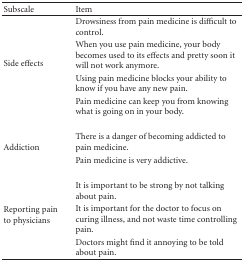
<table><thead><tr><td><b>Subscale</b></td><td><b>Item</b></td></tr></thead><tbody><tr><td rowspan="4">Side effects</td><td>Drowsiness from pain medicine is difficult to control.</td></tr><tr><td>When you use pain medicine, your body becomes used to its effects and pretty soon it will not work anymore.</td></tr><tr><td>Using pain medicine blocks your ability to know if you have any new pain.</td></tr><tr><td>Pain medicine can keep you from knowing what is going on in your body.</td></tr><tr><td rowspan="2">Addiction</td><td>There is a danger of becoming addicted to pain medicine.</td></tr><tr><td>Pain medicine is very addictive.</td></tr><tr><td rowspan="3">Reporting pain to physicians</td><td>It is important to be strong by not talking about pain.</td></tr><tr><td>It is important for the doctor to focus on curing illness, and not waste time controlling pain.</td></tr><tr><td>Doctors might find it annoying to be told about pain.</td></tr></tbody></table>